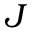
J